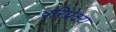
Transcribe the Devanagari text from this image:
प्ररिप्रेक्ष्य